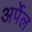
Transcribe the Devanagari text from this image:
अर्पेल